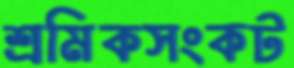
শ্রমিকসংকট